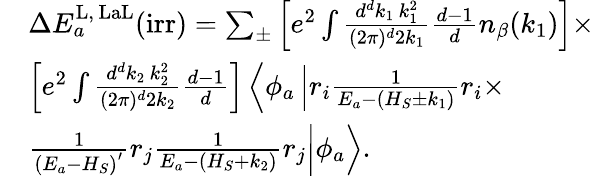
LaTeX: \begin{array}{rl}&{\Delta E_{a}^{\mathrm{L,\, LaL}}(\mathrm{irr})=\sum_{\pm}\left[e^{2}\int\frac{d^{d}k_{1}\, k_{1}^{2}}{(2\pi)^{d}2k_{1}}\frac{d-1}{d}n_{\beta}(k_{1})\right]\times}\\ &{\left[e^{2}\int\frac{d^{d}k_{2}\, k_{2}^{2}}{(2\pi)^{d}2k_{2}}\frac{d-1}{d}\right]\left\langle\phi_{a}\left|r_{i}\frac{1}{E_{a}-(H_{S}\pm k_{1})}r_{i}\times\right.\right.}\\ &{\left.\left.\frac{1}{(E_{a}-H_{S})^{'}}r_{j}\frac{1}{E_{a}-(H_{S}+k_{2})}r_{j}\right|\phi_{a}\right\rangle.}\end{array}